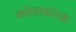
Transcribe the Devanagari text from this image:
क्लेशकारक